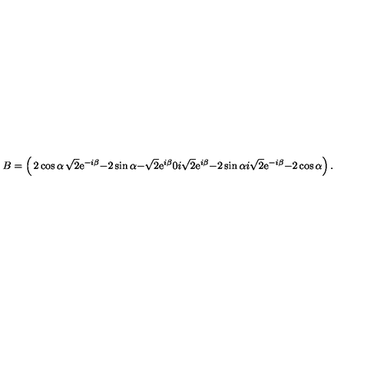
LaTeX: B = \left( \begin{matrix} { 2 \cos \alpha } & { \sqrt { 2 } \mathrm { e } ^ { - i \beta } } & { - 2 \sin \alpha } \\ { - \sqrt { 2 } \mathrm { e } ^ { i \beta } } & { 0 } & { i \sqrt { 2 } \mathrm { e } ^ { i \beta } } \\ { - 2 \sin \alpha } & { i \sqrt { 2 } \mathrm { e } ^ { - i \beta } } & { - 2 \cos \alpha } \\ \end{matrix} \right) .